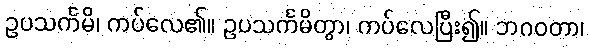
ဥပသင်္ကမိ၊ ကပ်လေ၏။ ဥပသင်္ကမိတွာ၊ ကပ်လေပြီး၍။ ဘဂဝတာ၊